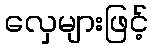
လှေများဖြင့်